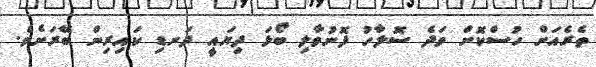
ތެރެއަށް ހުސްކޮށް ވަދެ ސޮލާހު ފޮނުވާލި ބޯޅަ ދިޔައީ ދަނޑި ކައިރިން ބޭރަށެވެ.